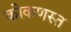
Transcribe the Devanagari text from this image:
कोकणस्त